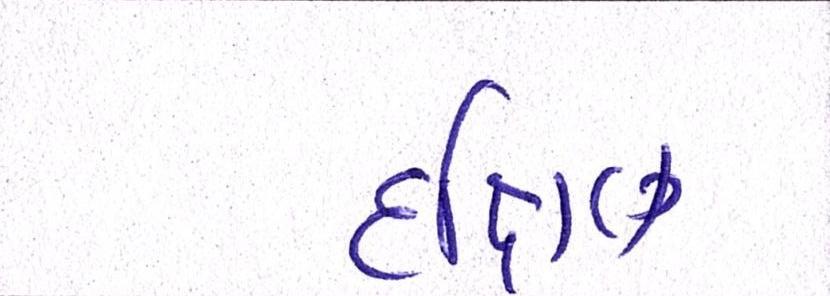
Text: દક્ષિણા